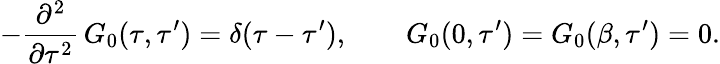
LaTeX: -\frac{\partial^{2}}{\partial\tau^{2}}\, G_{0}(\tau,\tau^{\prime})=\delta(\tau-\tau^{\prime}),\qquad G_{0}(0,\tau^{\prime})=G_{0}(\beta,\tau^{\prime})=0.